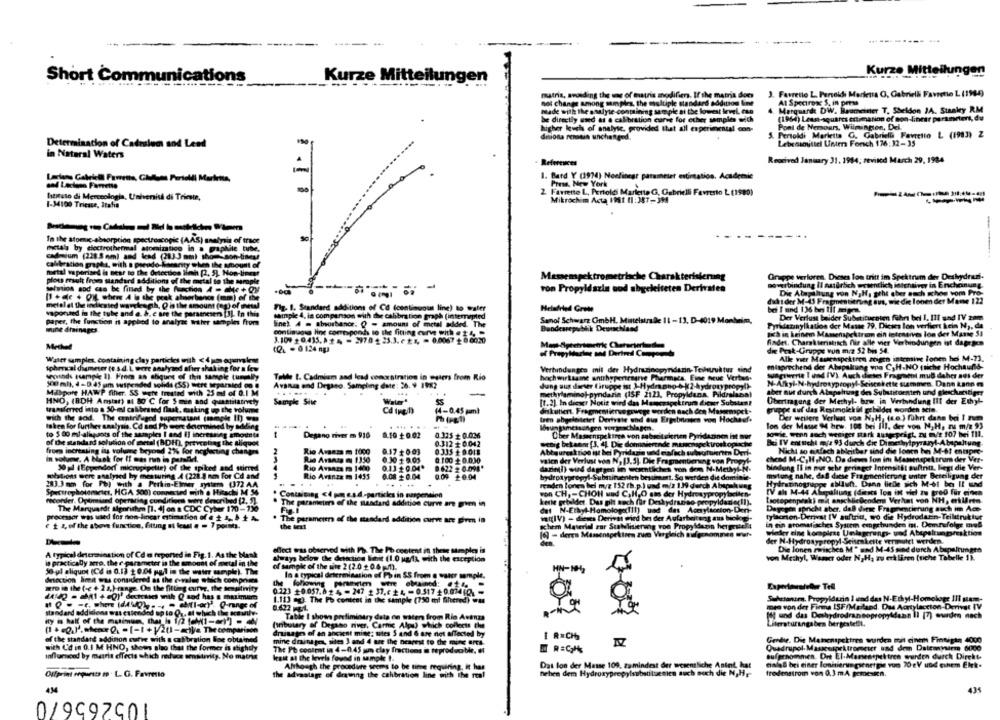
Kurze Mitteilungen
Short Communications
Kurze Mitteilungen
matriz, sounding the weg of eratris modifiers. If the ma
J. Favreilo L. Persoldi Markena O, Gabriela Favretie L (1984)
not change among samples, the multiple standard pod
At Spectrose S, in press
made with the ssalyse containing sample at the lowest!
Marquardt DW. Raameiner T. Sheldon JA. Stanley R.M
be directly used as a calibration curve for echer sam
(1964) Least-squares estimation of non-linear parameters, du
higher leuch of analyse, provided that all experimen
Pont de Nersours, Wilmington, Del.
dniona rensaun unchanged.
& Pertoldi Marietta G. Gabriella Favretto L (1983) Z
Determination of Cadralem and Lead
Lebensmittel Unter Forsch 176:32-35
in Natural Waters
Reocived January 31. 1984; revised March 29, 1984
References
1 .1
1. Bard Y (1974) Noelibear parameter estintation. Academie
cad Laclass Farrense
Press, New York
2 Farrette L, Pertoldi Marlette G, Gabrielli Fevrerto L (1980)
Istituto di Merceologia, Unhenisà di Trieste,
Mikrochim Acta It (1: 387-3M
----
1-34100 Trieste, Italia
---------
----
In the atomic-absorption spectroscopic (AAS) analysis of trace
metal by electrothermal
atomization in a papbile turbe,
cadmium (228.5 nm) and lead (2833 mm) sho -- aon-lines/
calibration graphs, with a pseudo-korarity when the amount of
metal vaporiand is near to the detection limh [2. 53, Hon-lineer
plou result froma standard additions of the metal to the sample
Massemspektrometrische Charakterisierung
Gruppe verloren. Dieses lon tritt im Spektrum der Deskydrun-
ron Propyldszin cod abgeleiteten Derivaten
noverbindung Il aastrlich wesentlich intentivey in Enchanung.
solution sod can be filed by the function 4 - che + Qy
Die Alapahung von NIH, geht aber auch schon vom Pro-
[1 +de + Out where A la the peak absorbance (mm) of the
duktder M-43 Fragmentierung aus, wie die lonen der Mame 122
melalel the indicated wargkeogh, Q in the amount (ag) of metal
Fig. 1. Standard additions of Cd (continuoin line) to water
Helafriedl Grete
vaporused in the tube and a. &. e are the paramesen [3]. In this
sample 4, in comparison with die cabbration graph (interrupted
Der Verlust beider Substituceten führt bel 1. Ill und TV 2mm
paper, the function is applied to analyze water samples from
Sine) 4 = absorbance: Q - amount of metal added. The
Senol Schwarz GmbH. Mintelstrade 11 - 13. D-4019 Mon
mine drainages.
continuous ling corresponds to the fitting curve with . 24,
Bundesrepublik Deutschland
Fyralatanylkation der Masse 79. Dieses lon verfiert kein N ,, da
sich in keinem Mamenspektrum ein intensives lon der Masse 51
3.10% +0,415. A + 4 = 2970 + 23.3. ( ts, - 0.0067 +0 0020
findet. Charakteristisch flir alle vier Verbindungen ist dagegen
(2 0124 ng)
of Preyyharine and Dertmed Cup -...
die Prak-Gruppe von m.2 52 bis 54.
Water samples, containing clay particles with <4 pm odervalene
Alle vier Masseaspektren arigen intemine l'onen hel M-73.
Iphmcal diameter (e s.d. L were analysed ther shaking for a few
elsprechend der Abspaltung wna C.H.NO ttiche Hochaund-
sepounds sample 1). From as ahiquet of this sample tumully
Verbindungen mit der Hydrazinepyridazin- Teilstruktur sind
suaprime 1 and IV) Auch dieses Fragment mud daher aus der
Tolle t. Cadmium and lead concentration in waters from Rio
hochwirksamne antthyponeagree Pharmaca, Eine neue Verben.
"0 ml), 4-D.45 um wutpended solids (55) were separated on @
Avanza and Degano. Sampling date: 26. 9 1982
dung aus ilieser firuppe ist )-Hydranno-bk2-hydroxypropyl>-
yl-Seiscekette stemmen. Dann kann es
Maspore HAWP fiher. SS wett treated with 25 ml of 0.1 M
...
-
methylamino)-pyndarin (ISF 2123, Propyldaza. Pildralacal
aber aut durch Atopshung des Substituenten und gleschecitiger
HNO, (BDH Amstar) s1 80 ℃ for S min and quasisiatrichy
Sample Site
Water
55
[1. 2). In dieser Notis wird das Masemspektrum dieser Substant
Übertragung der Methyl- bzw. in Verbindung III der Ethyl-
transferred into a 50-ml calibrated flask, maasking up the volume
(4-0.45 gum)
diskutiert. Fragmentierve gswege worden nach den Massenspet-
gruppe auf das Restmolekid gebildet worden sein.
wich the sod. The centrifuged supernatant (mingle 10) a
Der weitere Verlust von N, H, (ue ) führt dans bei I zum
taken for further saalysis. Cd nad Ph were determined by adding
... ..
tren abgeleitetet Derivate und di Ergebnimers von Hochauf.
lon der Mase M hrw. 108 bei Ill, der von M; H, Tu m/z 9)
lungamessungen vorgeschlagen.
to 5 00 ml-alapgots of the samples I and I] increasing amounts
Degano river m 910
0.10 +0.02
0.325 +0.026
Ober Maseenspekings von submit sierien Pyridazinen ist mor
sowie, wenn such weniger stark ausgeprägt, zu m/z 107 bei 1Il.
of the standard solution of metal (BDH), prevoting the aliquot
0.312+0.042
wenig betaom [], 4). Die dominierende misenspektroskop ich
Bei IV entsicht miz 93 durch die Dimethylpyrazyl-Abspaltung.
from increasing ils volume beyond 21% for neglecting chasers
2
Rio Avanza m 1000
0.17+0.03
0 335 +0011
Abbaureaktion ist bei Pyridazin und ciafach webutuinen Der-
Nicht so einfach ableitbar sind die lonen bei M-61 entper-
In solume, A Nask for It was non in parallel.
Ris Avanza @ 1350
0.30 + 9.05
0.100 + 0.030
valen der Verlust von N, [3.5). Die Fragmentierung von Propyl-
chend M-C,H,NO. Da dieves Son im Mamenspektrum der Ver-
30 gl (Eppendorf micropipelie) of the spiked and stirred
Rio Avsars m 1400
0.13 +0.04.
daniel) wird dagiges in woentliches von dem N-Methi-N.
bindung Il in nur sehr geringer Intensifft auftritt, liegt die Ver-
stations wore analysed by measuring 4 (228.8 mm for Cd and
Rio Avanza m 1455
0.08 +0.04
0.09 +0.04
hydroxypropyl-Subninenten bestemt. So werden die dominle
mutung nahe, daß datse Fragmentierung amter Beteiligung det
283.3 mm for Ph) with a Perkin-Elmer systers (372 AA
.
Hydratinogruppe ablluh. Dann liebe sich M-61 bo Il und
raden l'onen hel myz 152 (h.p.) und m/2 139 durch Abspakweg
Spectrophotometer, HCA 500) connected with a Hitachi M 56
Containing <4 pme.s.d .- particles in narpension
Pon CH, - CHON wad C.H.O sin der Hydrosyp Og)
-
IV ahs M-44 Alispaltung (dieses lon it viel Zu Bred für einea
Niconder, Optimized operating conditions were deson bed [2, 5].
The parameters of the standard addition cure an pem in
kesie getaldet. Das gilt auch für Dehydr
Lotopenpeak) mit angel liegenden Verhat von NH, erklären.
The Marquardt Sporithm [1. 4] on a CDC Cyber 170-130
det N-Ethyl-Homologa(Til) und des
ceton-Den-
Dagegen spricht aber. dal diese Fragmentierung auch im Ace
processor was used for non-lincar estimation of a + 4 ,, b + A.
The parameters of the standard addition curve are given in
tylacrion-Derivat [V auftritt, wo die Hydrodann-Teiltniktut
et 1, of the above function, ftung s least a = 7 points.
the best
ghem Material zar Stabelisierung voo Propyldazon hergestellt
in ein gromatisches System eungebunden in. Demfufolge med
[6] - deres Massenspektrem zum Vergleich
wieder eing kompiese Unlagerungs- wod Abspalt
der N-Hydroxypropyl -Seiseskette vermutet werden.
der
Die Jonen arisches M" und M-45 sind durch Abspainingen
A typical determination of Cd o reported in Fig. 1. As the bank
effect was observed with I'%. The Po content in these sample is
is practically sero. the e -parameter in the amount of metal in the
Always below the detection limit (1.0 ug/f& with the exception
von Methyl, Wasser oder N,H, zu erklären (siche Tabelle 1).
of sample of the site 2 (2.0 +0.6 -11).
Soul aliquot (Cd i 0.13 + 0.04 pal in the water sample). The
lo a typical determination of Phin SS from @ water sample.
-
detection hmit was considered as the evvales which compris
zro in the (-e + 24,)-range. On the fitting curvy, the sensitivity
0.123 +0.057.6 2 4 - 247 2 37.c + 4, - 0.517 40.07460.
Substances, Propyldarin I und das N-Ethyl-Homologe Ill sam-
1.113 cg. The Po content in the sample (750 ml fihered) w.
mes von der Firma 15F/Mailand, Das Acetylaccton-Derivat IV
standard additions was estended up to Qu, at which the oceanle.
0.422 pg.L.
Table I shown preliminary data on water from Rio Avenza
Iff und das Dehydrodransopropyldann Il [7) wurden nach
(inburary of Degano niver, Carme Alpu) which collects the
Literaturingabra bergestellt.
(1 +0 ).when 2. - [-1+12(1-siya Thecomparison
drainage of an ancient mise: sites 5 and & are not affected by
of the standard addinon curve with a calibration Ene obtained
mine drainage, sites 3 and 4 ure the nearest to the mine ems.
Gerdie. Die Manenspektres wurden mit einem Finnigan 4000
with Ud in 0.1 M HNO, shows also that the former is atightly
Quadrupol Masseuspektrometer und dem Daleanysiem 6000
Inflamced by maria effects which reduce sensitivity. No matna
The Pt contrat in 4-0.45 um clay fractions is teproduoble. #
aufgenommen. Ort El-Marseaspektren wurden durch Direkte
Irait at the levels found in sample t.
Although the procedure seems to be time requiring, it has
Das lon der Masse 109, zumindest der wesentliche Antet, hat
cinia& bei einer lonitierungsenergie vom 70gV und einem Elek-
Offprint F09-212 19 . L. G. Favretto
the advantage of drawing the calibration line with the real
neben dem Hydroxypropylsubstituemico auch noch die N,Hy-
fredenstrom von 0.3 m.A gemessen.
434
43%
0/9997COL